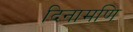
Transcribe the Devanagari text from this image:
दिनामणि